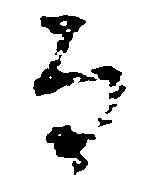
な